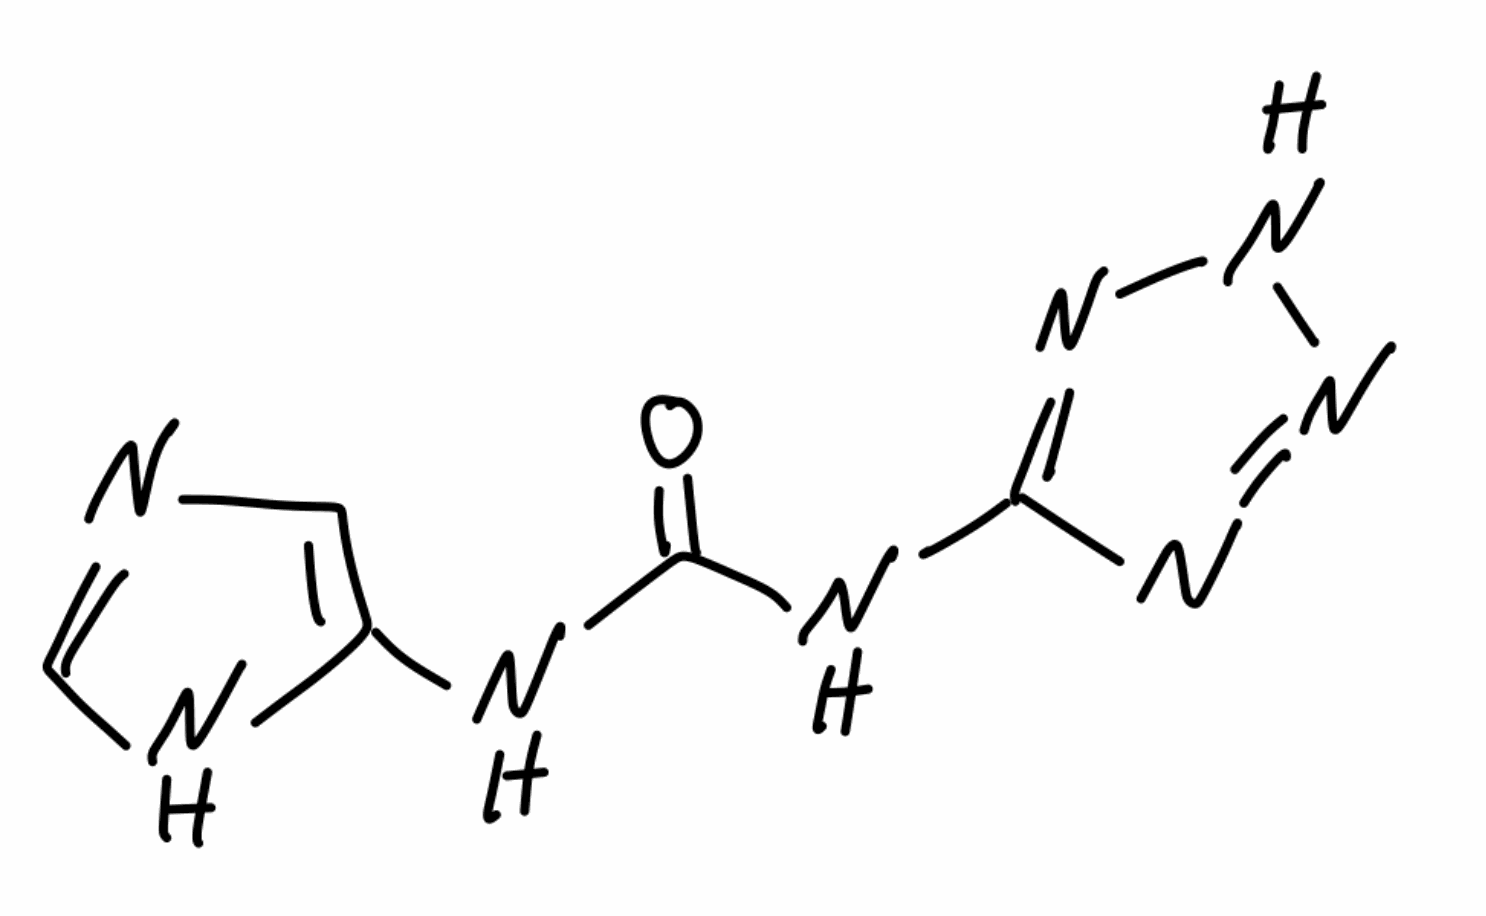
Simplified molecular-input line-entry system (SMILES) notation of the given molecule:
C1=C(NC=N1)NC(=O)NC2=NNN=N2